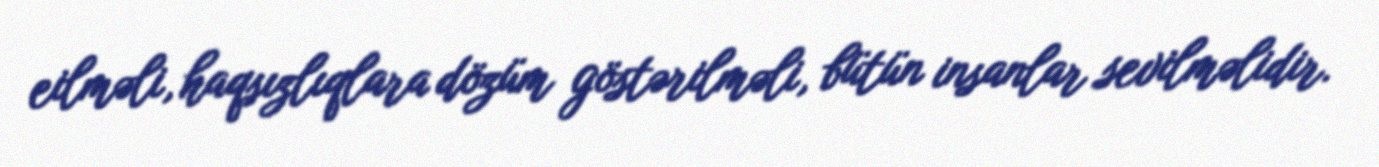
eilməli, haqsızlıqlara dözüm göstərilməli, bütün insanlar sevilməlidir.